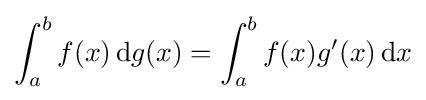
\int _{a}^{b}f(x)\,\mathrm {d} g(x)=\int _{a}^{b}f(x)g'(x)\,\mathrm {d} x